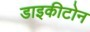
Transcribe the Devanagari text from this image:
डाइकीटोन